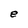
Character: e